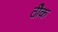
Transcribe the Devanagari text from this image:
ठीेक